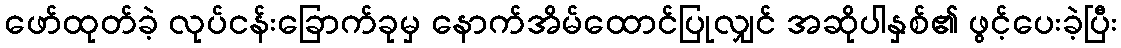
ဖော်ထုတ်ခဲ့ လုပ်ငန်းခြောက်ခုမှ နောက်အိမ်ထောင်ပြုလျှင် အဆိုပါနှစ်၏ ဖွင့်ပေးခဲ့ပြီး